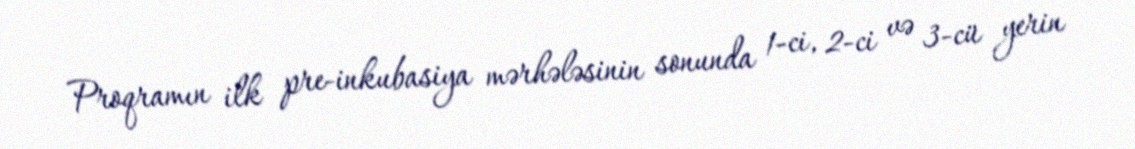
Proqramın ilk pre-inkubasiya mərhələsinin sonunda 1-ci, 2-ci və 3-cü yerin